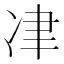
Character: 冿